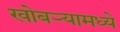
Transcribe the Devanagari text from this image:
खोबऱ्यामध्ये